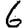
Digit: 6